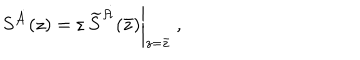
LaTeX: S ^ { \dot { \cal A } } ( z ) = \varepsilon \, \left. \widetilde S ^ { \dot { \cal A } } ( \bar { z } ) \right| _ { z = \bar { z } } ~ ,